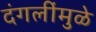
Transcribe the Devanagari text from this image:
दंगलींमुळे